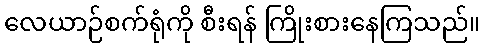
လေယာဉ်စက်ရုံကို စီးရန် ကြိုးစားနေကြသည်။